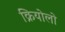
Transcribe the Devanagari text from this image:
क्रियोलो